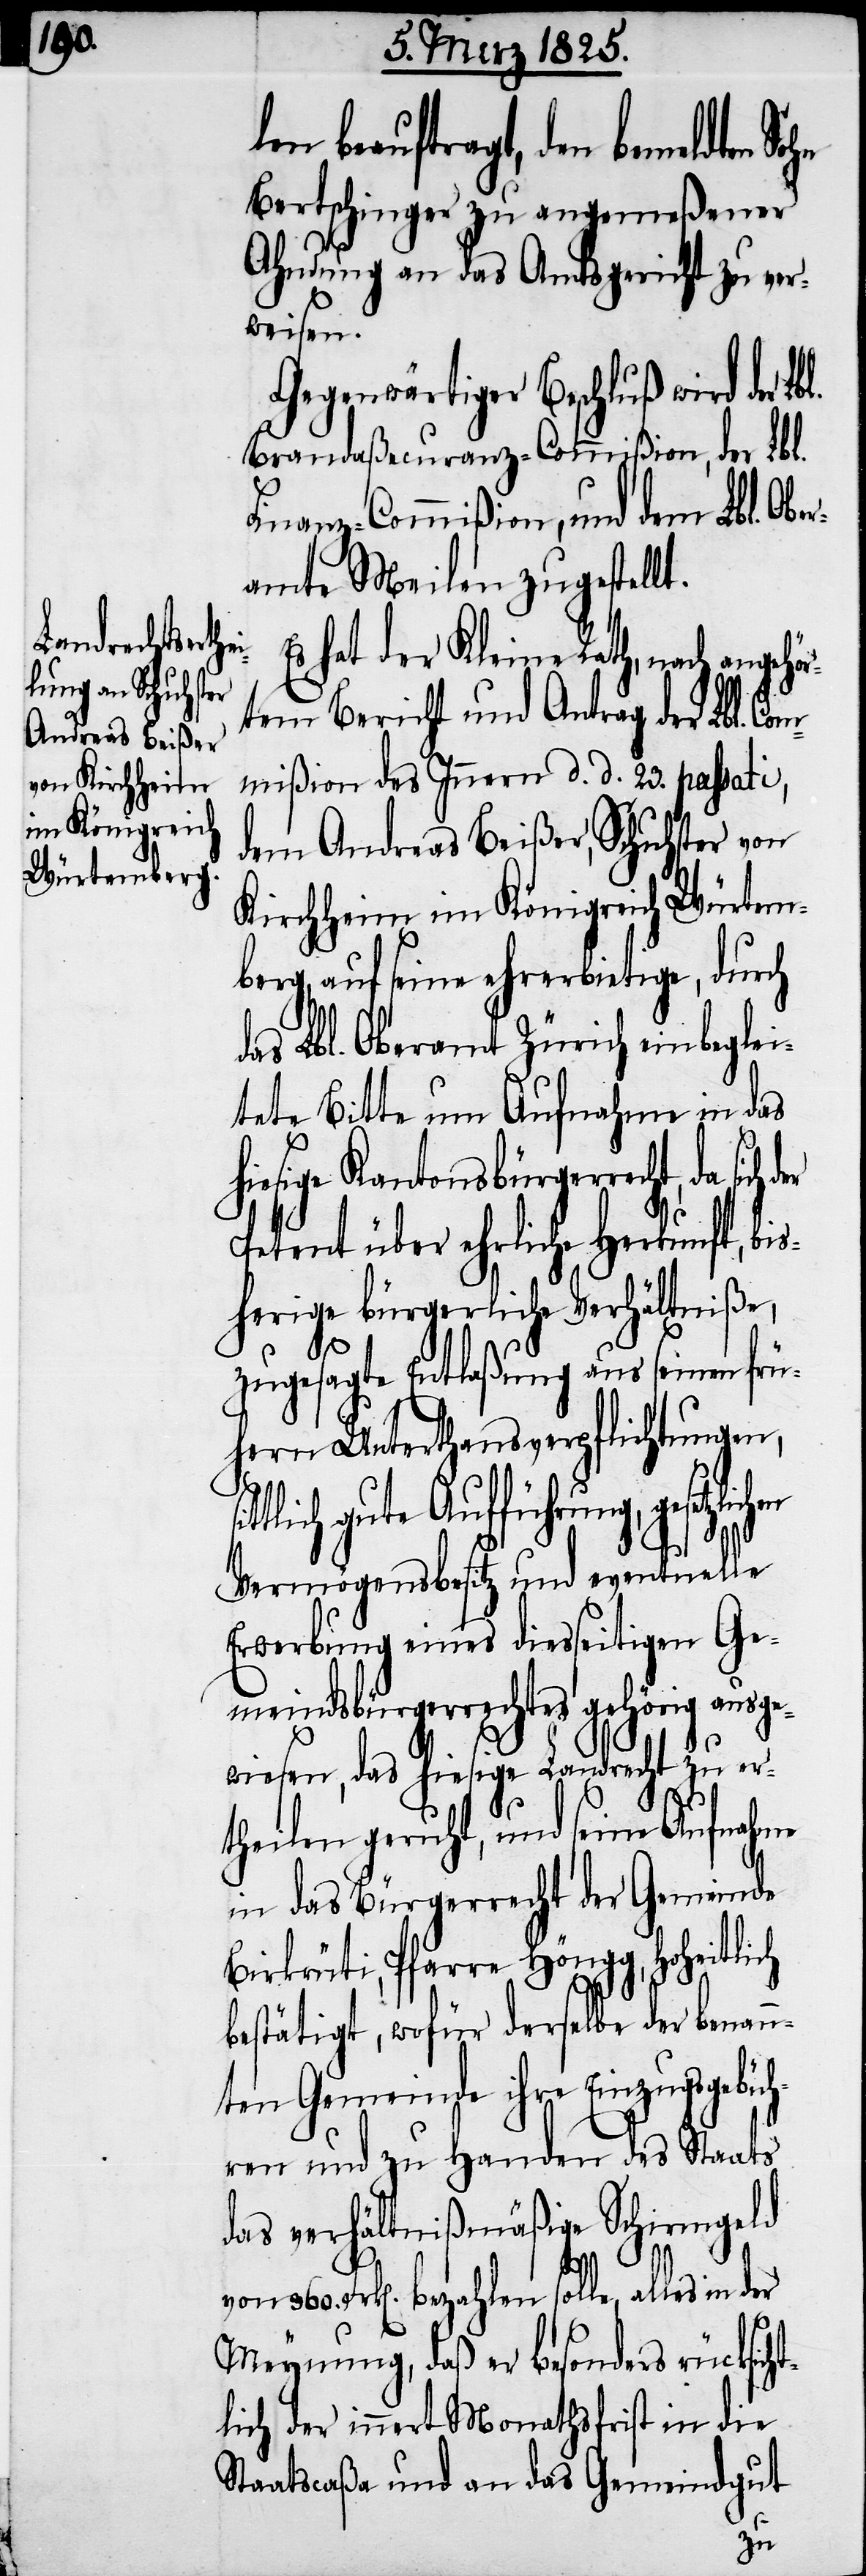
len solle, alles in d¬
Bertschinger zu angemeßener
Ahndung an das Amtsgericht zu ver¬
weisen.
Gegenwärtiger Beschluß wird der Lb¬
Brandaßecuranz-Commißion, der Lbl.
Finanz-Commißion, und dem Lbl. Obe¬
ramte Meilen zugestellt.
Es hat der Kleine Rath, nach angehör¬
tem Bericht und Antrag der Lbl. Com¬
mißion des Innern d. d. 23. passati,
dem Andreas Beißer, Schuhster von
Kirchheim im Königreich Würtem¬
berg, auf seine ehrerbietige, durch
as Lbl. Oberamt Zürich einbeglei¬
tete Bitte um Aufnahme in das
hiesige Kantonsbürgerrecht, da
Petent über ehrliche Herkunft, b¬
herige bürgerliche Verhältniße,
d¬
zugesagte Entlaßung aus seinen frü¬
hern Unterthansverpflichtungen,
tlich gute Aufführung, gesetz¬
bezah¬
Vermögensbesitz und eventuelle
Erwerbung eines diesseitigen Ge¬
meindsbürgerrechtes gehörig ausge¬
wiesen, das hiesige Landrecht zu er¬
theilen geruht, und seine Aufnahme
in das Bürgerrecht der Gemeinde
Birkrüti, Pfarre Höngg, hoheitlich
er
bestätigt, wofür derselbe der benan¬
nten Gemeinde ihre Einzugsgebüh¬
ren und zu Handen des Staats
das verhältnißmäßige Schirmgeld
Meynung, daß er besonders rücksich¬
tlich der innert Monathsfrist in die
Staatscaßa und an das Gemeindgut